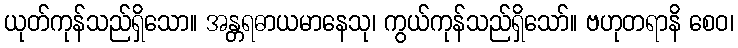
ယုတ်ကုန်သည်ရှိသော။ အန္တရဓာယမာနေသု၊ ကွယ်ကုန်သည်ရှိသော်။ ဗဟုတရာနိ စေဝ၊